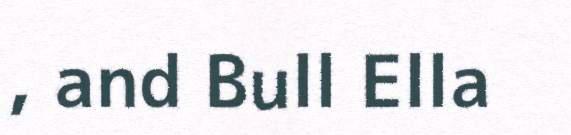
, and Bull Ella